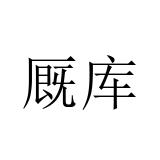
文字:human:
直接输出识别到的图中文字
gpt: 厩库